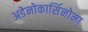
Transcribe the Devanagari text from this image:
अडेनोकार्सिनोमा